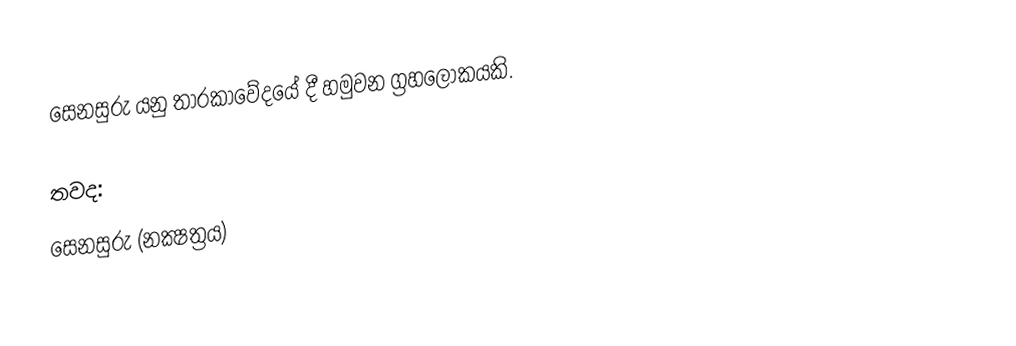
සෙනසුරු යනු තාරකාවේදයේ දී හමුවන ග්‍රහලෝකයකි.

තවද:
 සෙනසුරු (නක්‍ෂත්‍රය)